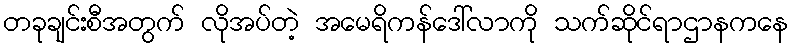
တခုချင်းစီအတွက် လိုအပ်တဲ့ အမေရိကန်ဒေါ်လာကို သက်ဆိုင်ရာဌာနကနေ